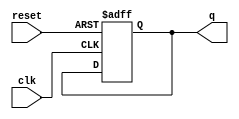
module johnson_counter #(
    parameter N = 2 // Number of flip-flops
)(
    input wire clk,       // Clock input
    input wire reset,     // Asynchronous reset
    output reg [N-1:0] q // Counter output
);

// Sequential logic for the Johnson Counter
always @(posedge clk or posedge reset) begin
    if (reset) begin
        q <= 0; // Initialize the counter to 0 on reset
    end else begin
        q <= {~q[N-1], q[N-1:N-2]}; // Shift and feedback the inverted last flip-flop
    end
end

endmodule